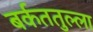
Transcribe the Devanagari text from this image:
बर्कततुल्ला